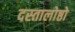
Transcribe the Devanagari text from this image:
दस्तालोष्ठो